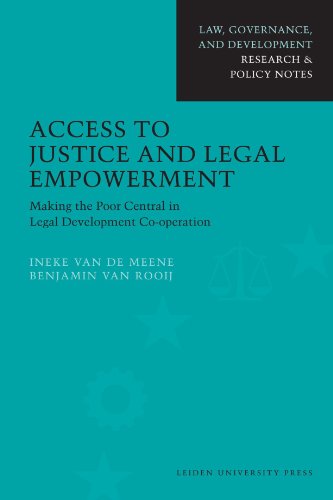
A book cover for Access to Justice and Legal Empowerment: Making the Poor Central in Legal Development Co-operation (Law, Governance, and Development); Ineke van de Meene; Law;